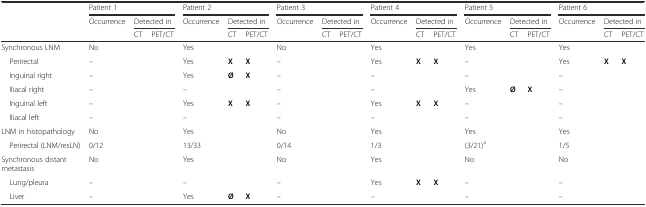
|  | <COLSPAN=3> Patient 1 | <COLSPAN=3> Patient 2 | <COLSPAN=3> Patient 3 | <COLSPAN=3> Patient 4 | <COLSPAN=3> Patient 5 | <COLSPAN=3> Patient 6 |
 |  | Occurrence | <COLSPAN=2> Detected in | Occurrence | <COLSPAN=2> Detected in | Occurrence | <COLSPAN=2> Detected in | Occurrence | <COLSPAN=2> Detected in | Occurrence | <COLSPAN=2> Detected in | Occurrence | <COLSPAN=2> Detected in |
 |  |  | CT | PET/CT |  | CT | PET/CT |  | CT | PET/CT |  | CT | PET/CT |  | CT | PET/CT |  | CT | PET/CT |
 | --- | --- | --- | --- | --- | --- | --- | --- | --- | --- | --- | --- | --- | --- | --- | --- | --- | --- | --- |
 | Synchronous LNM | No |  |  | Yes |  |  | No |  |  | Yes |  |  | Yes |  |  | Yes |  |  |
 | Perirectal | – |  |  | Yes | X | X | – |  |  | Yes | X | X | – |  |  | Yes | X | X |
 | Inguinal right | – |  |  | Yes | Ø | X | – |  |  | – |  |  | – |  |  | – |  |  |
 | Iliacal right | – |  |  | – |  |  | – |  |  | – |  |  | Yes | Ø | X | – |  |  |
 | Inguinal left | – |  |  | Yes | X | X | – |  |  | Yes | X | X | – |  |  | – |  |  |
 | Iliacal left | – |  |  | – |  |  | – |  |  | – |  |  | – |  |  | – |  |  |
 | LNM in histopathology | No |  |  | Yes |  |  | No |  |  | Yes |  |  | Yes |  |  | Yes |  |  |
 | Perirectal (LNM/resLN) | 0/12 |  |  | 13/33 |  |  | 0/14 |  |  | 1/3 |  |  | (3/21)a |  |  | 1/5 |  |  |
 | Synchronous distant metastasis | No |  |  | Yes |  |  | No |  |  | Yes |  |  | No |  |  | No |  |  |
 | Lung/pleura | – |  |  | – |  |  | – |  |  | Yes | X | X | – |  |  | – |  |  |
 | Liver | – |  |  | Yes | Ø | X | – |  |  | – |  |  | – |  |  | – |  |  |